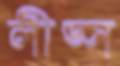
লীড্স